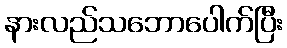
နားလည်သဘောပေါက်ပြီး